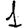
Digit: 1